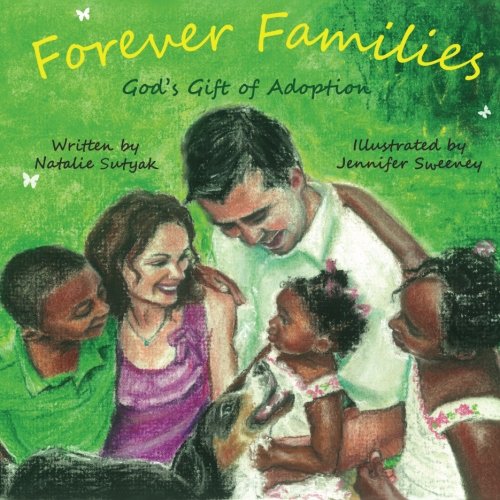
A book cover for Forever Families: God's Gift of Adoption; Natalie Sutyak; Parenting & Relationships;